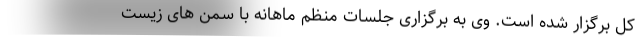
کل برگزار شده است. وی به برگزاری جلسات منظم ماهانه با سمن های زیست